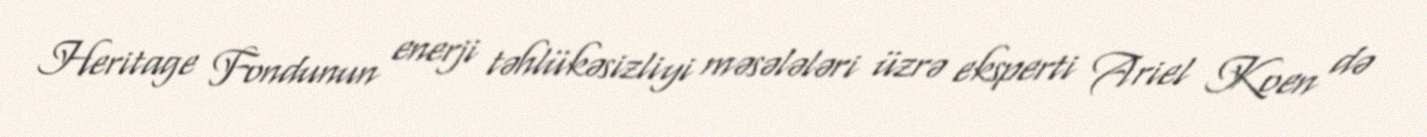
Heritage Fondunun enerji təhlükəsizliyi məsələləri üzrə eksperti Ariel Koen də